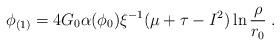
LaTeX: \begin{align*}\phi_{(1)} = 4 G_0\alpha (\phi_0)\xi^{-1} (\mu + \tau - I^2) \ln \frac{\rho}{r_0} \; .\end{align*}